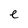
Character: e